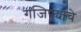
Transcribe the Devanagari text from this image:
गंजिफ्याचे